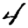
Digit: 4